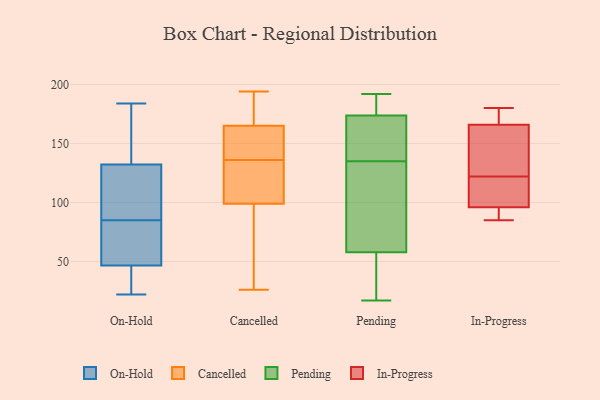
{"axis": {"x": "Tickets Resolved", "y": "Value"}, "legend": ["Cancelled", "In-Progress", "On-Hold", "Pending"], "data": [{"x": "", "y": 49, "type": "On-Hold"}, {"x": "", "y": 103, "type": "On-Hold"}, {"x": "", "y": 22, "type": "On-Hold"}, {"x": "", "y": 118, "type": "On-Hold"}, {"x": "", "y": 85, "type": "On-Hold"}, {"x": "", "y": 137, "type": "On-Hold"}, {"x": "", "y": 153, "type": "On-Hold"}, {"x": "", "y": 86, "type": "On-Hold"}, {"x": "", "y": 97, "type": "On-Hold"}, {"x": "", "y": 70, "type": "On-Hold"}, {"x": "", "y": 150, "type": "On-Hold"}, {"x": "", "y": 46, "type": "On-Hold"}, {"x": "", "y": 22, "type": "On-Hold"}, {"x": "", "y": 30, "type": "On-Hold"}, {"x": "", "y": 65, "type": "On-Hold"}, {"x": "", "y": 184, "type": "On-Hold"}, {"x": "", "y": 48, "type": "On-Hold"}, {"x": "", "y": 169, "type": "On-Hold"}, {"x": "", "y": 41, "type": "On-Hold"}, {"x": "", "y": 136, "type": "Cancelled"}, {"x": "", "y": 99, "type": "Cancelled"}, {"x": "", "y": 136, "type": "Cancelled"}, {"x": "", "y": 26, "type": "Cancelled"}, {"x": "", "y": 165, "type": "Cancelled"}, {"x": "", "y": 139, "type": "Cancelled"}, {"x": "", "y": 41, "type": "Cancelled"}, {"x": "", "y": 126, "type": "Cancelled"}, {"x": "", "y": 175, "type": "Cancelled"}, {"x": "", "y": 194, "type": "Cancelled"}, {"x": "", "y": 158, "type": "Pending"}, {"x": "", "y": 180, "type": "Pending"}, {"x": "", "y": 170, "type": "Pending"}, {"x": "", "y": 191, "type": "Pending"}, {"x": "", "y": 34, "type": "Pending"}, {"x": "", "y": 142, "type": "Pending"}, {"x": "", "y": 57, "type": "Pending"}, {"x": "", "y": 175, "type": "Pending"}, {"x": "", "y": 192, "type": "Pending"}, {"x": "", "y": 129, "type": "Pending"}, {"x": "", "y": 53, "type": "Pending"}, {"x": "", "y": 60, "type": "Pending"}, {"x": "", "y": 17, "type": "Pending"}, {"x": "", "y": 135, "type": "Pending"}, {"x": "", "y": 75, "type": "Pending"}, {"x": "", "y": 166, "type": "In-Progress"}, {"x": "", "y": 109, "type": "In-Progress"}, {"x": "", "y": 85, "type": "In-Progress"}, {"x": "", "y": 154, "type": "In-Progress"}, {"x": "", "y": 135, "type": "In-Progress"}, {"x": "", "y": 85, "type": "In-Progress"}, {"x": "", "y": 96, "type": "In-Progress"}, {"x": "", "y": 104, "type": "In-Progress"}, {"x": "", "y": 167, "type": "In-Progress"}, {"x": "", "y": 180, "type": "In-Progress"}]}